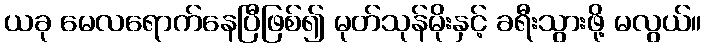
ယခု မေလရောက်နေပြီဖြစ်၍ မုတ်သုန်မိုးနှင့် ခရီးသွားဖို့ မလွယ်။